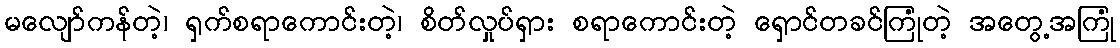
မလျော်ကန်တဲ့၊ ရှက်စရာကောင်းတဲ့၊ စိတ်လှုပ်ရှား စရာကောင်းတဲ့ ရှောင်တခင်ကြုံတဲ့ အတွေ့အကြုံ